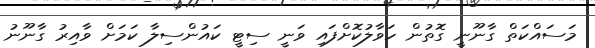
މަސައްކަތް ގާނޫނީ ގޮތުން ހަވާލުކޮށްފައި ވަނީ ސިޓީ ކައުންސިލާ ކަމަށް ވާއިރު ގާނޫނު